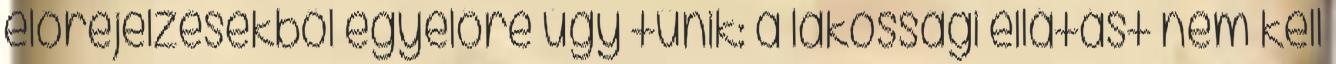
előrejelzésekből egyelőre úgy tűnik: a lakossági ellátást nem kell